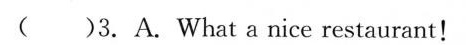
( )3. A.What a nice restaurant!